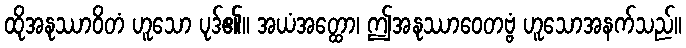
ထိုအနုဿာဝိတံ ဟူသော ပုဒ်၏။ အယံအတ္ထော၊ ဤအနုဿာဝေတဗ္ဗံ ဟူသောအနက်သည်။